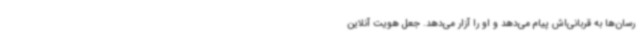
‌رسان‌ها به قربانی‌اش پیام می‌دهد و او را آزار می‌دهد. جعل هویت آنلاین